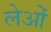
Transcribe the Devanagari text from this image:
लेओं